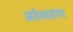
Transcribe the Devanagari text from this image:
मोठाताप